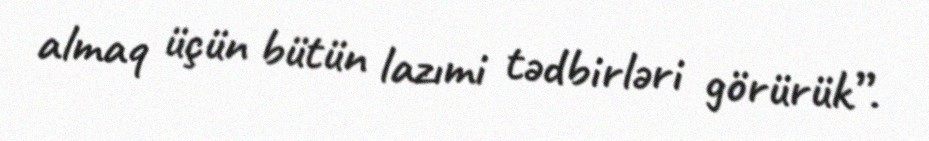
almaq üçün bütün lazımi tədbirləri görürük”.